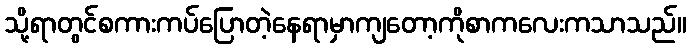
သို့ရာတွင်စကားကပ်ပြောတဲ့နေရာမှာကျတော့ကိုစာကလေးကသာသည်။